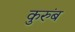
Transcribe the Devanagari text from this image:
कुरुंब